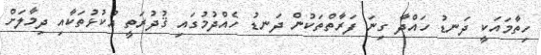
ހިތާމައަކީ ދަނޑު ހައްދާ ގިނަ ފަރާތްތަކުން ދަނޑު ހެއްދުމުގައި ޤުދުރަތީ އުކުޅުތަކާއި ދިމާލަށް